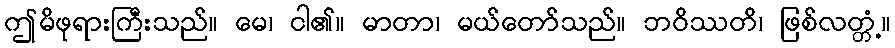
ဤမိဖုရားကြီးသည်။ မေ၊ ငါ၏။ မာတာ၊ မယ်တော်သည်။ ဘဝိဿတိ၊ ဖြစ်လတ္တံ့။